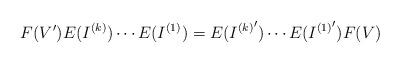
LaTeX: \begin{align*}F(V')E(I^{(k)})\cdots E(I^{(1)})=E({I^{(k)}}')\cdots E({I^{(1)}}')F(V)\end{align*}